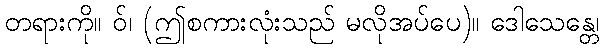
တရားကို။ ဝ်၊ (ဤစကားလုံးသည် မလိုအပ်ပေ)။ ဒေါသေန္တေ၊